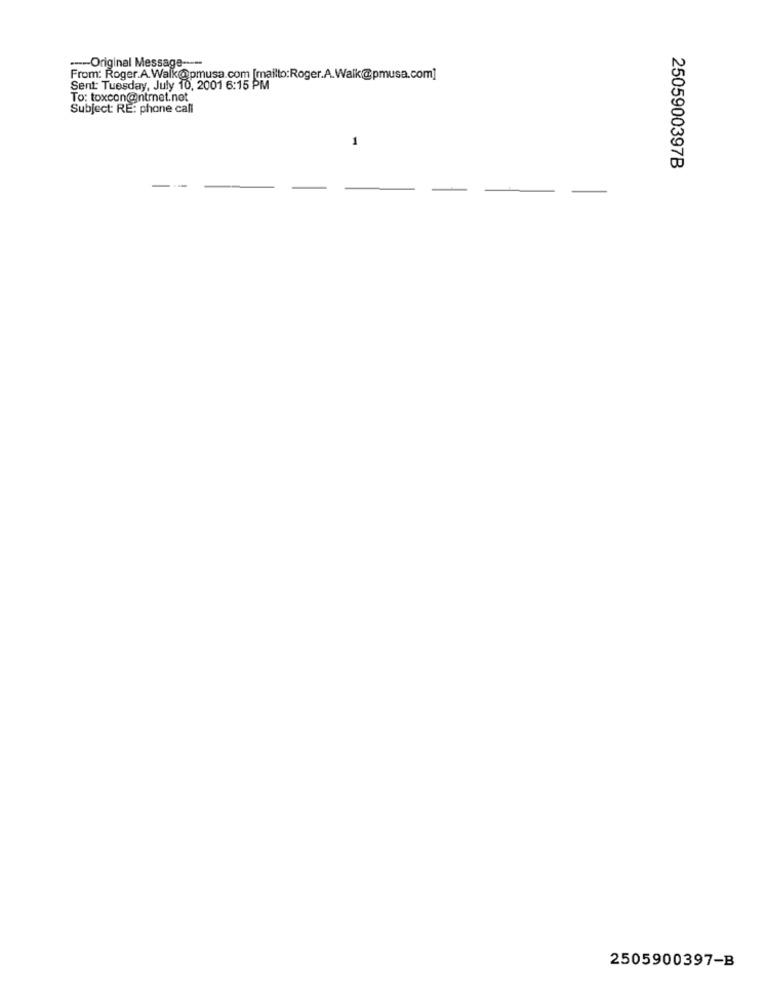
--- Original Message ----
From: Roger.A.Walk@pmusa.com [mailto:Roger.A.Walk@pmusa.com]
Sent: Tuesday, July 10, 2001 6:15 PM
To: toxcon@ntrnet.net
Subject: RE: phone call
1
2505900397B
2505900397-B